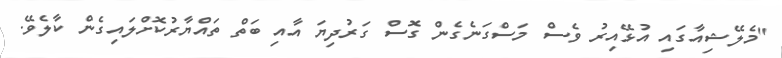
"މެލޭޝިއާގައި އުޅޭއިރު ވެސް މަސްގަނެެގެން ގޮސް ގަރުދިޔަ އާއި ބަތް ތައްޔާރުކޮށްލައިގެން ކާލެވޭ.